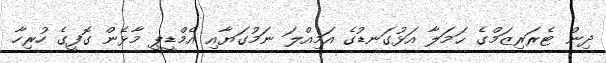
ދިން ޓެރަރިޒަމްގެ ޙަމަލާ އަޅުގަނޑުގެ އަމިއްލަ ނަމުގަޔާއި އެމްޑީޕީ މާޅެން ގޮފީގެ ހުރިހާ